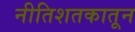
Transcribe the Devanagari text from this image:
नीतिशतकातून